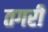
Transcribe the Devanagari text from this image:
तगरी